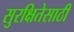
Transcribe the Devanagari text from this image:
सुरक्षितेसाठी